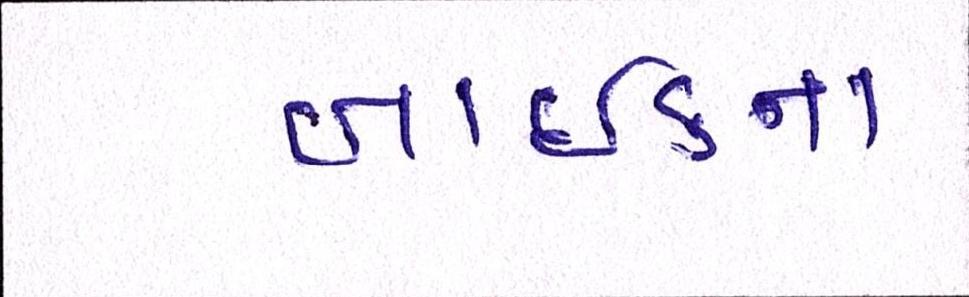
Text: બાઈકના